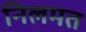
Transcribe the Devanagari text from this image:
निलमत